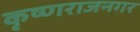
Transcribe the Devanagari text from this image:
कृष्णराजनगर